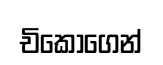
චිකෝගෙන්